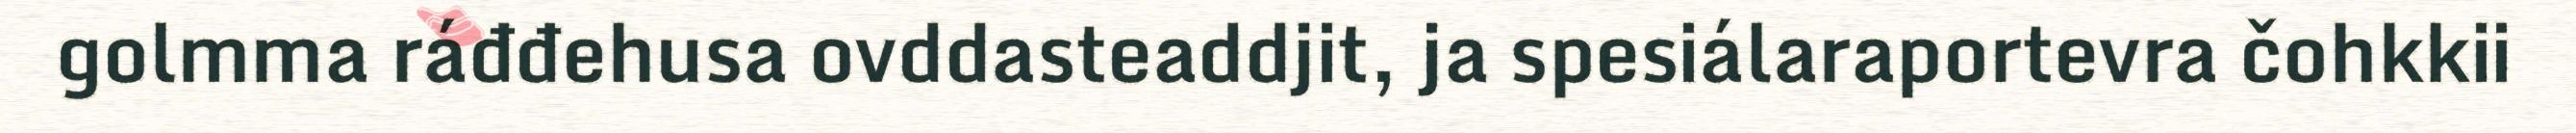
golmma ráđđehusa ovddasteaddjit, ja spesiálaraportevra čohkkii